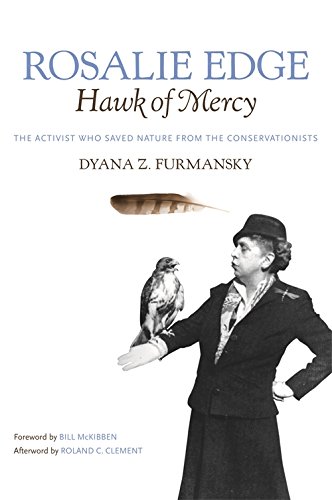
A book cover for Rosalie Edge, Hawk of Mercy: The Activist Who Saved Nature from the Conservationists (Wormsloe Foundation Nature Book); Dyana Furmansky; Biographies & Memoirs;